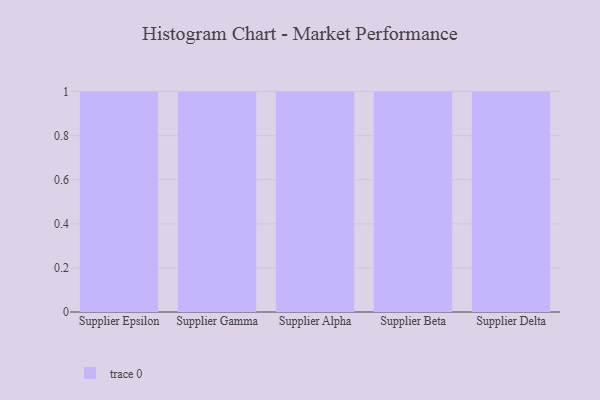
{"axis": {"x": "Supplier", "y": "Revenue (USD Million)"}, "legend": [""], "data": [{"x": "Supplier Epsilon", "y": 81, "type": ""}, {"x": "Supplier Gamma", "y": 56, "type": ""}, {"x": "Supplier Alpha", "y": 75, "type": ""}, {"x": "Supplier Beta", "y": 12, "type": ""}, {"x": "Supplier Delta", "y": 62, "type": ""}]}